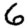
Digit: 6